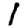
Digit: 1